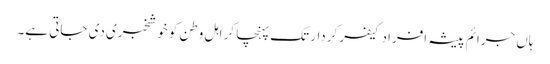
ہاں جرائم پیشہ افراد کیفر کردار تک پہنچا کر اہل وطن کو خوشخبری دی جاتی ہے۔